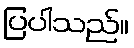
ပြပါသည်။